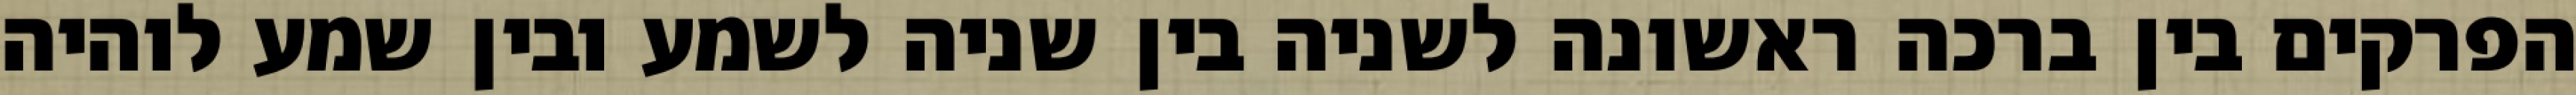
הפרקים בין ברכה ראשונה לשניה בין שניה לשמע ובין שמע לוהיה